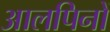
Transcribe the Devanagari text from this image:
आलपिनों